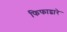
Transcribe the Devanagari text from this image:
फिफाद्वारे